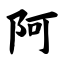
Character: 阿